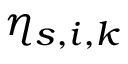
\eta _ { s , i , k }